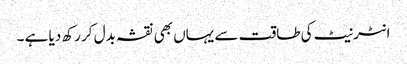
انٹرنیٹ کی طاقت سے یہاں بھی نقشہ بدل کر رکھ دیا ہے ۔